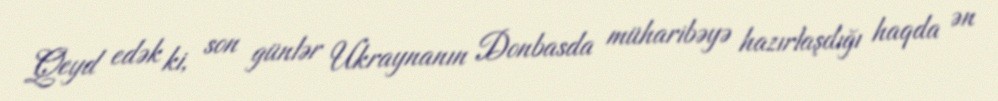
Qeyd edək ki, son günlər Ukraynanın Donbasda müharibəyə hazırlaşdığı haqda ən